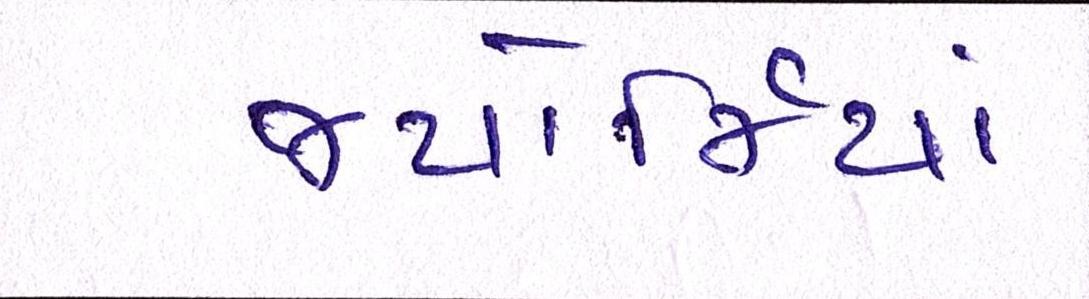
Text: જ્યોર્જિયાં